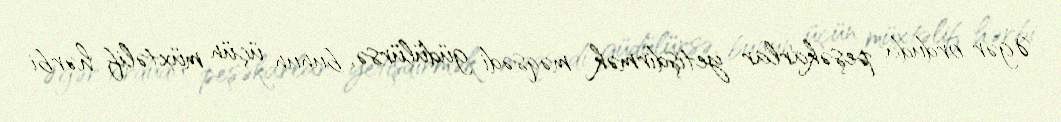
Əgər orduda peşəkarlar yetişdirmək məqsədi güdülürsə, bunun üçün müxtəlif hərbi